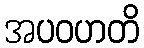
အပဝဟတိ